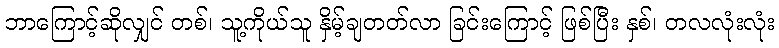
ဘာကြောင့်ဆိုလျှင် တစ်၊ သူ့ကိုယ်သူ နှိမ့်ချတတ်လာ ခြင်းကြောင့် ဖြစ်ပြီး နှစ်၊ တလလုံးလုံး